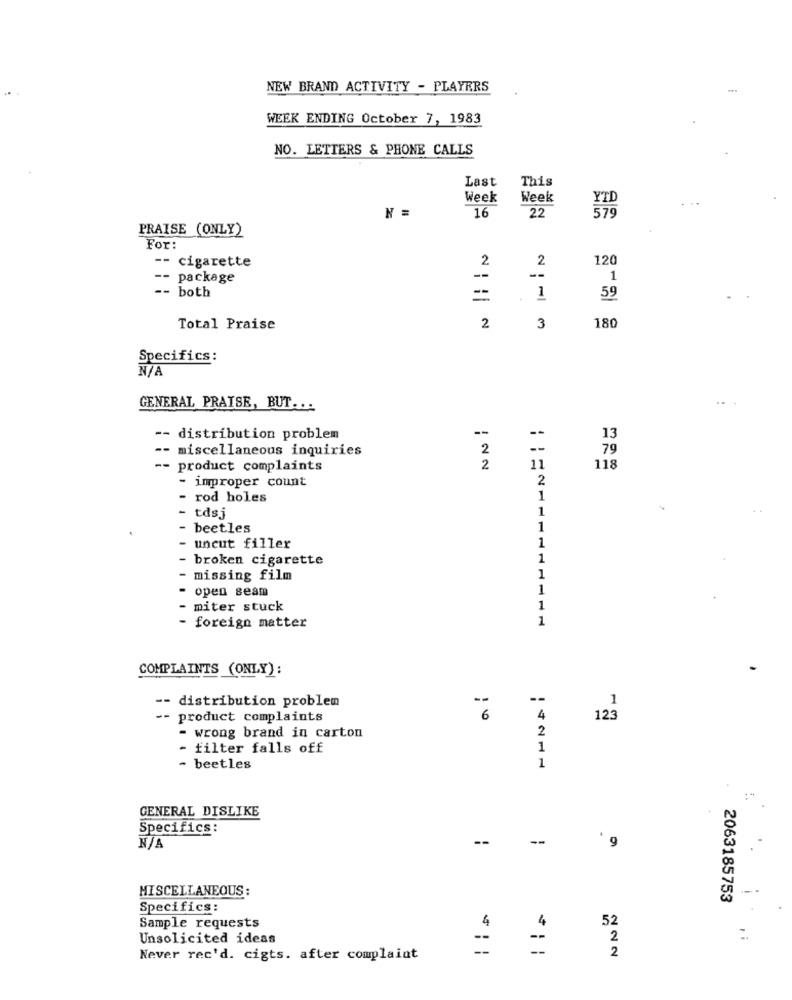
NEW BRAND ACTIVITY - PLAYERS
WEEK ENDING October 7, 1983
NO. LETTERS & PHONE CALLS
Last
This
Week
Week
N =
16
22
579
PRAISE (ONLY)
For:
-- cigarette
2
2
120
--
package
--
--
1
--
both
59
1
180
Total Praise
2
3
Specifics:
GENERAL PRAISE, BUT. . .
-
--
-- distribution problem
13
-- miscellaneous inquiries
2
--
79
--
product complaints
2
11
118
- improper count
2
- rod holes
1
tdsi
1
beetles
1
uncut filler
1
broken cigarette
1
missing film
1
open seam
1
miter stuck
1
1
- foreign matter
COMPLAINTS (ONLY) :
-- distribution problem
- product complaints
4
- wrong brand in carton
2
filter falls off
1
beetles
1
GENERAL DISLIKE
Specifics:
--
--
' g
MISCELLANEOUS :
2063185753
Specifics:
Sample requests
4
52
Unsolicited ideas
2
2
Never rec'd. cigts. after complaint